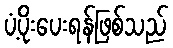
ပံ့ပိုးပေးရန်ဖြစ်သည်